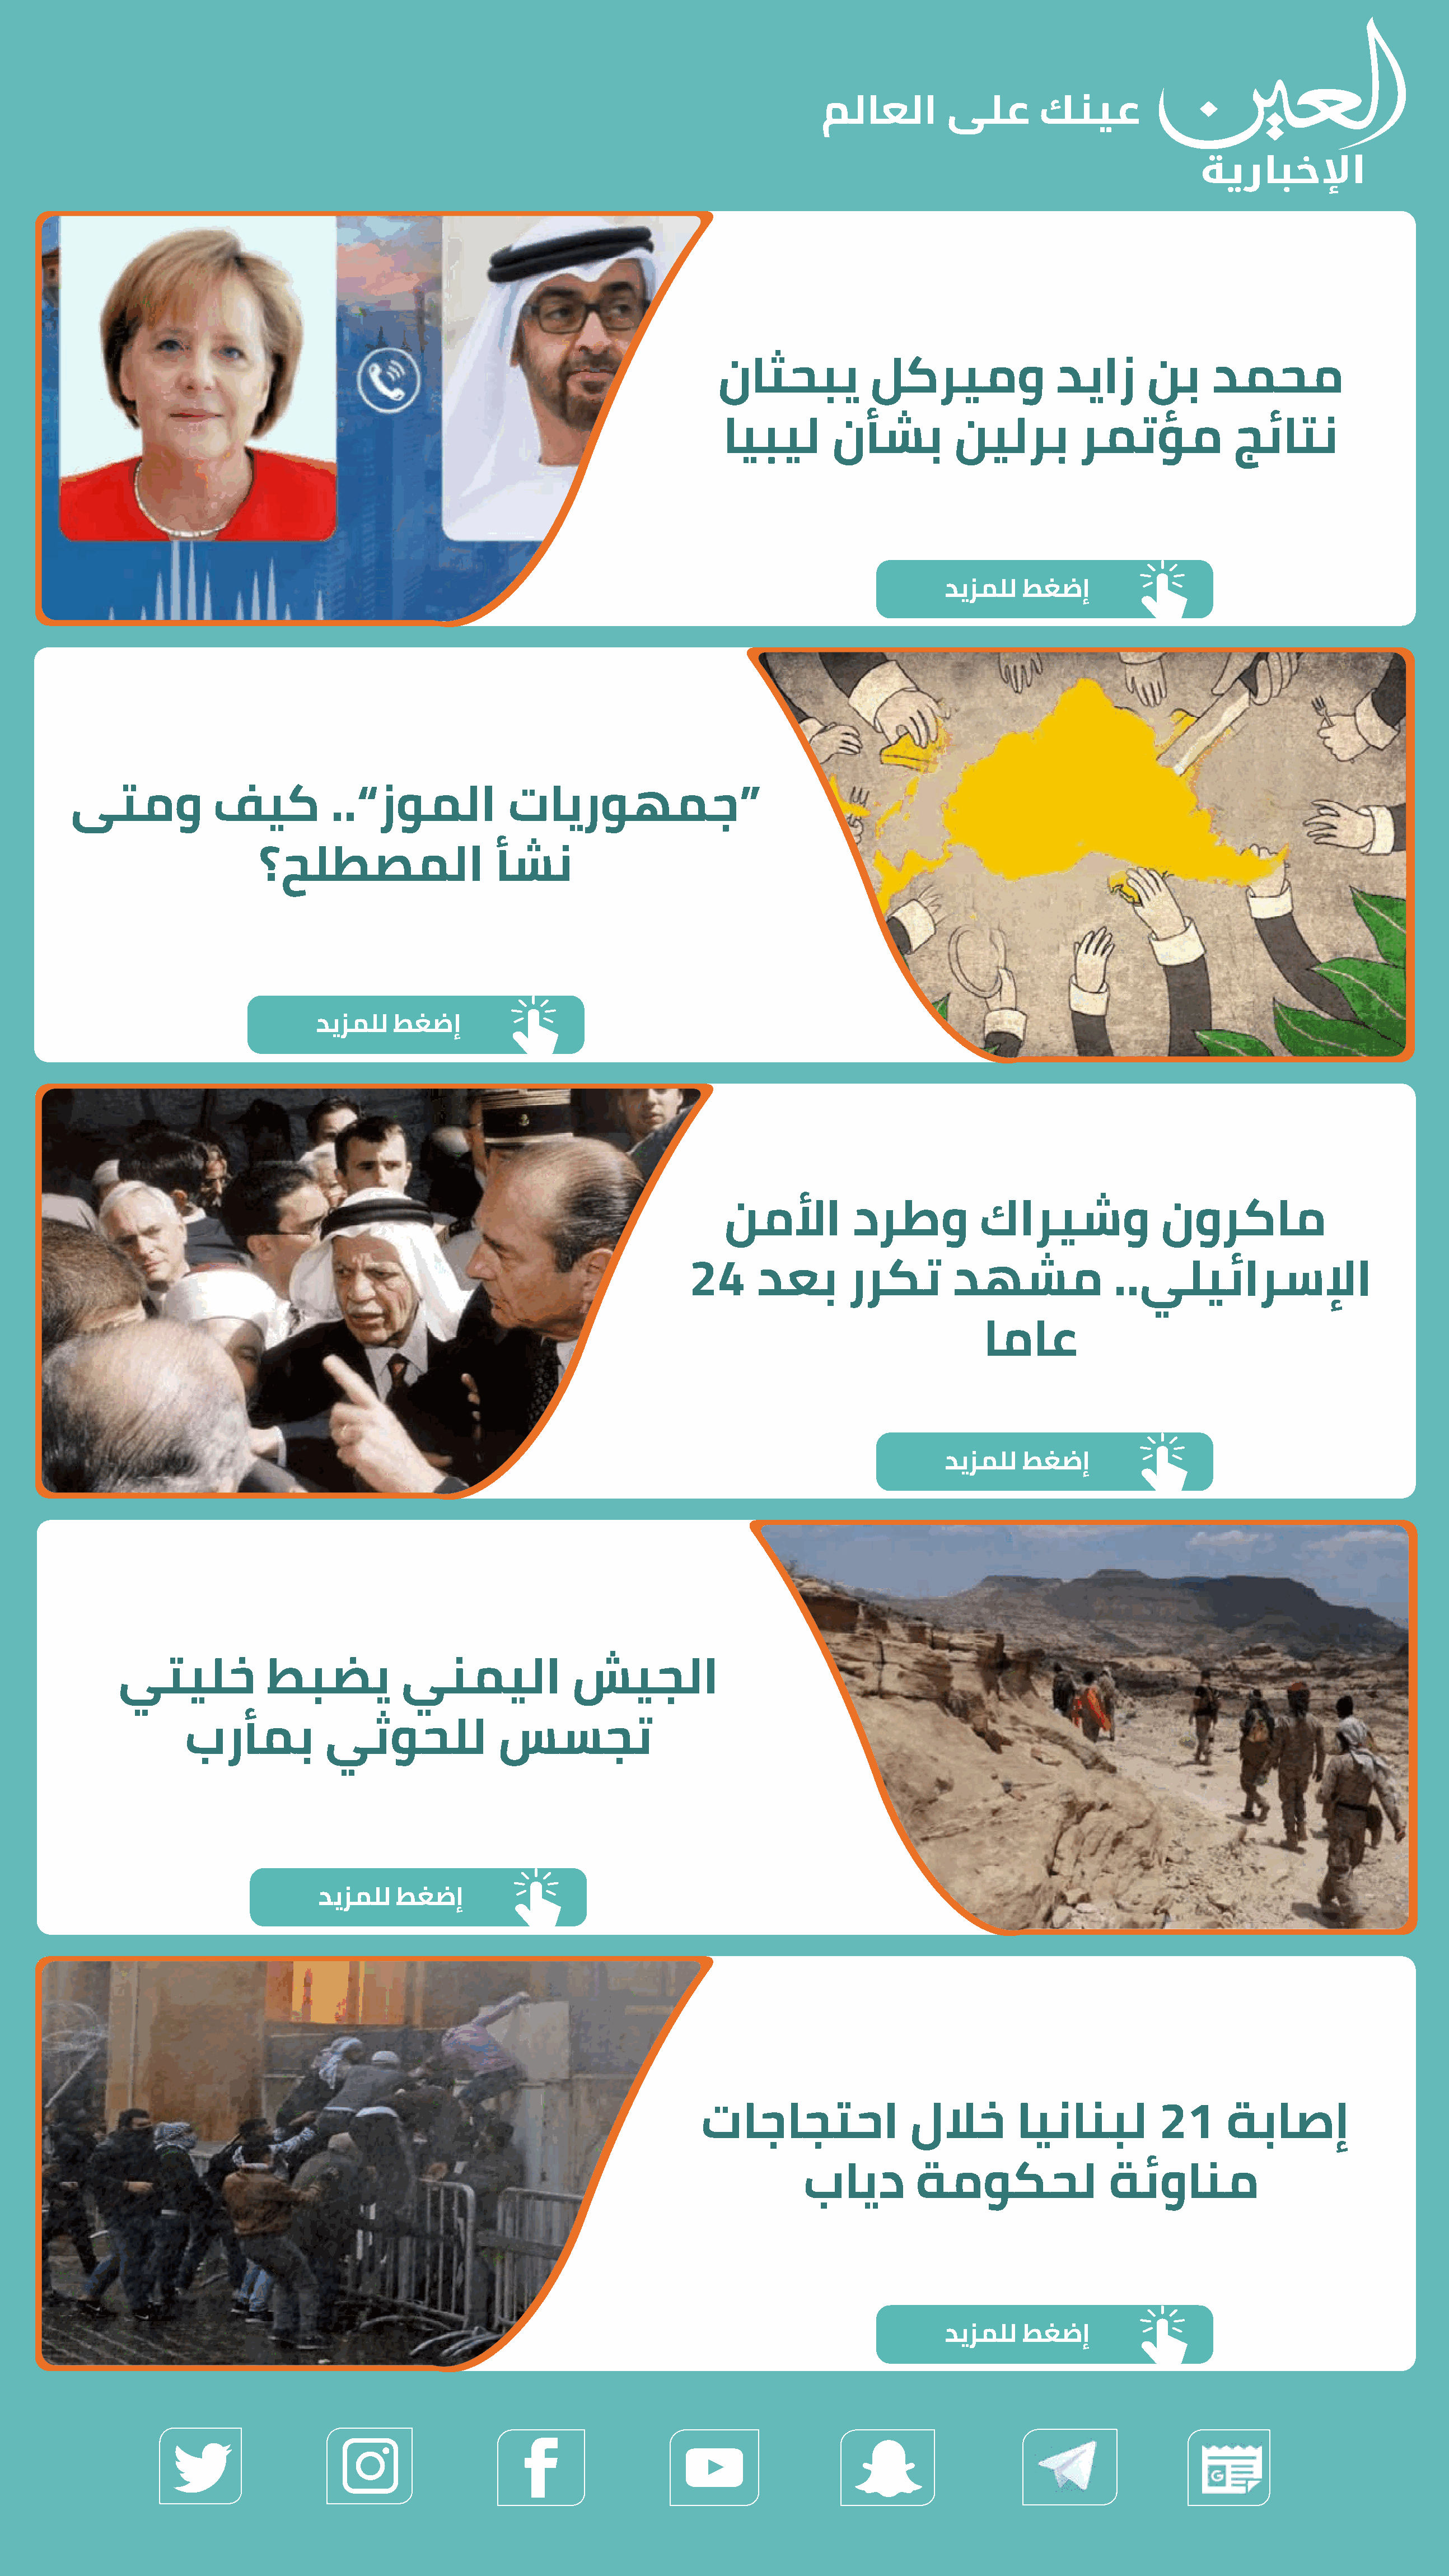
ناثحبي            لكريمو                دياز       نب     دمحم
 ايبيل       نأشب           نيلرب          رمتؤم             جئاتن
 ديزملل   طغضإ
 ىتمو             فيك           ..”زوملا             تايروهمج“
 ؟حلطصملا                    أشن
 ديزملل    طغضإ
 نملأا          درطو           كاريشو               نوركام
 24      دعب        رركت         دهشم               ..يليئارسلإا
 اماع
 ديزملل   طغضإ
 يتيلخ             طبضي           ينميلا               شيجلا
 برأمب           يثوحلل               سسجت
 ديزملل   طغضإ
 تاجاجتحا                 للاخ        اينانبل          21      ةباصإ
 بايد         ةموكحل                 ةئوانم
 ديزملل   طغضإ